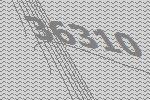
36310